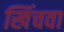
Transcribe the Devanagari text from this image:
खिंचवा